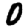
Digit: 0